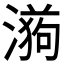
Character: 𭲉